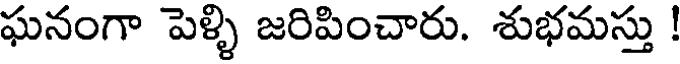
ఘనంగా పెళ్ళి జరిపించారు. శుభమస్తు !